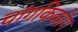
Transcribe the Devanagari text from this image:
चांगकिकोंग